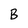
Character: B